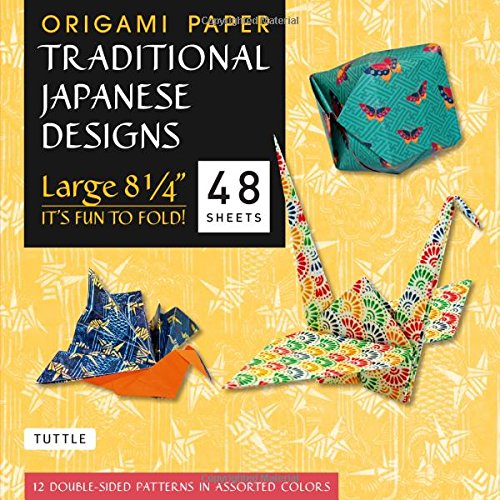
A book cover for Origami Paper - Traditional Japanese Designs - Large 8 1/4": - 49 Sheets (Tuttle Origami Paper); Periplus Editions; Arts & Photography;